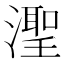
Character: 𬉊